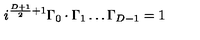
i ^ { \frac { D + 1 } { 2 } + 1 } \Gamma _ { 0 } \cdot \Gamma _ { 1 } \ldots \Gamma _ { D - 1 } = 1